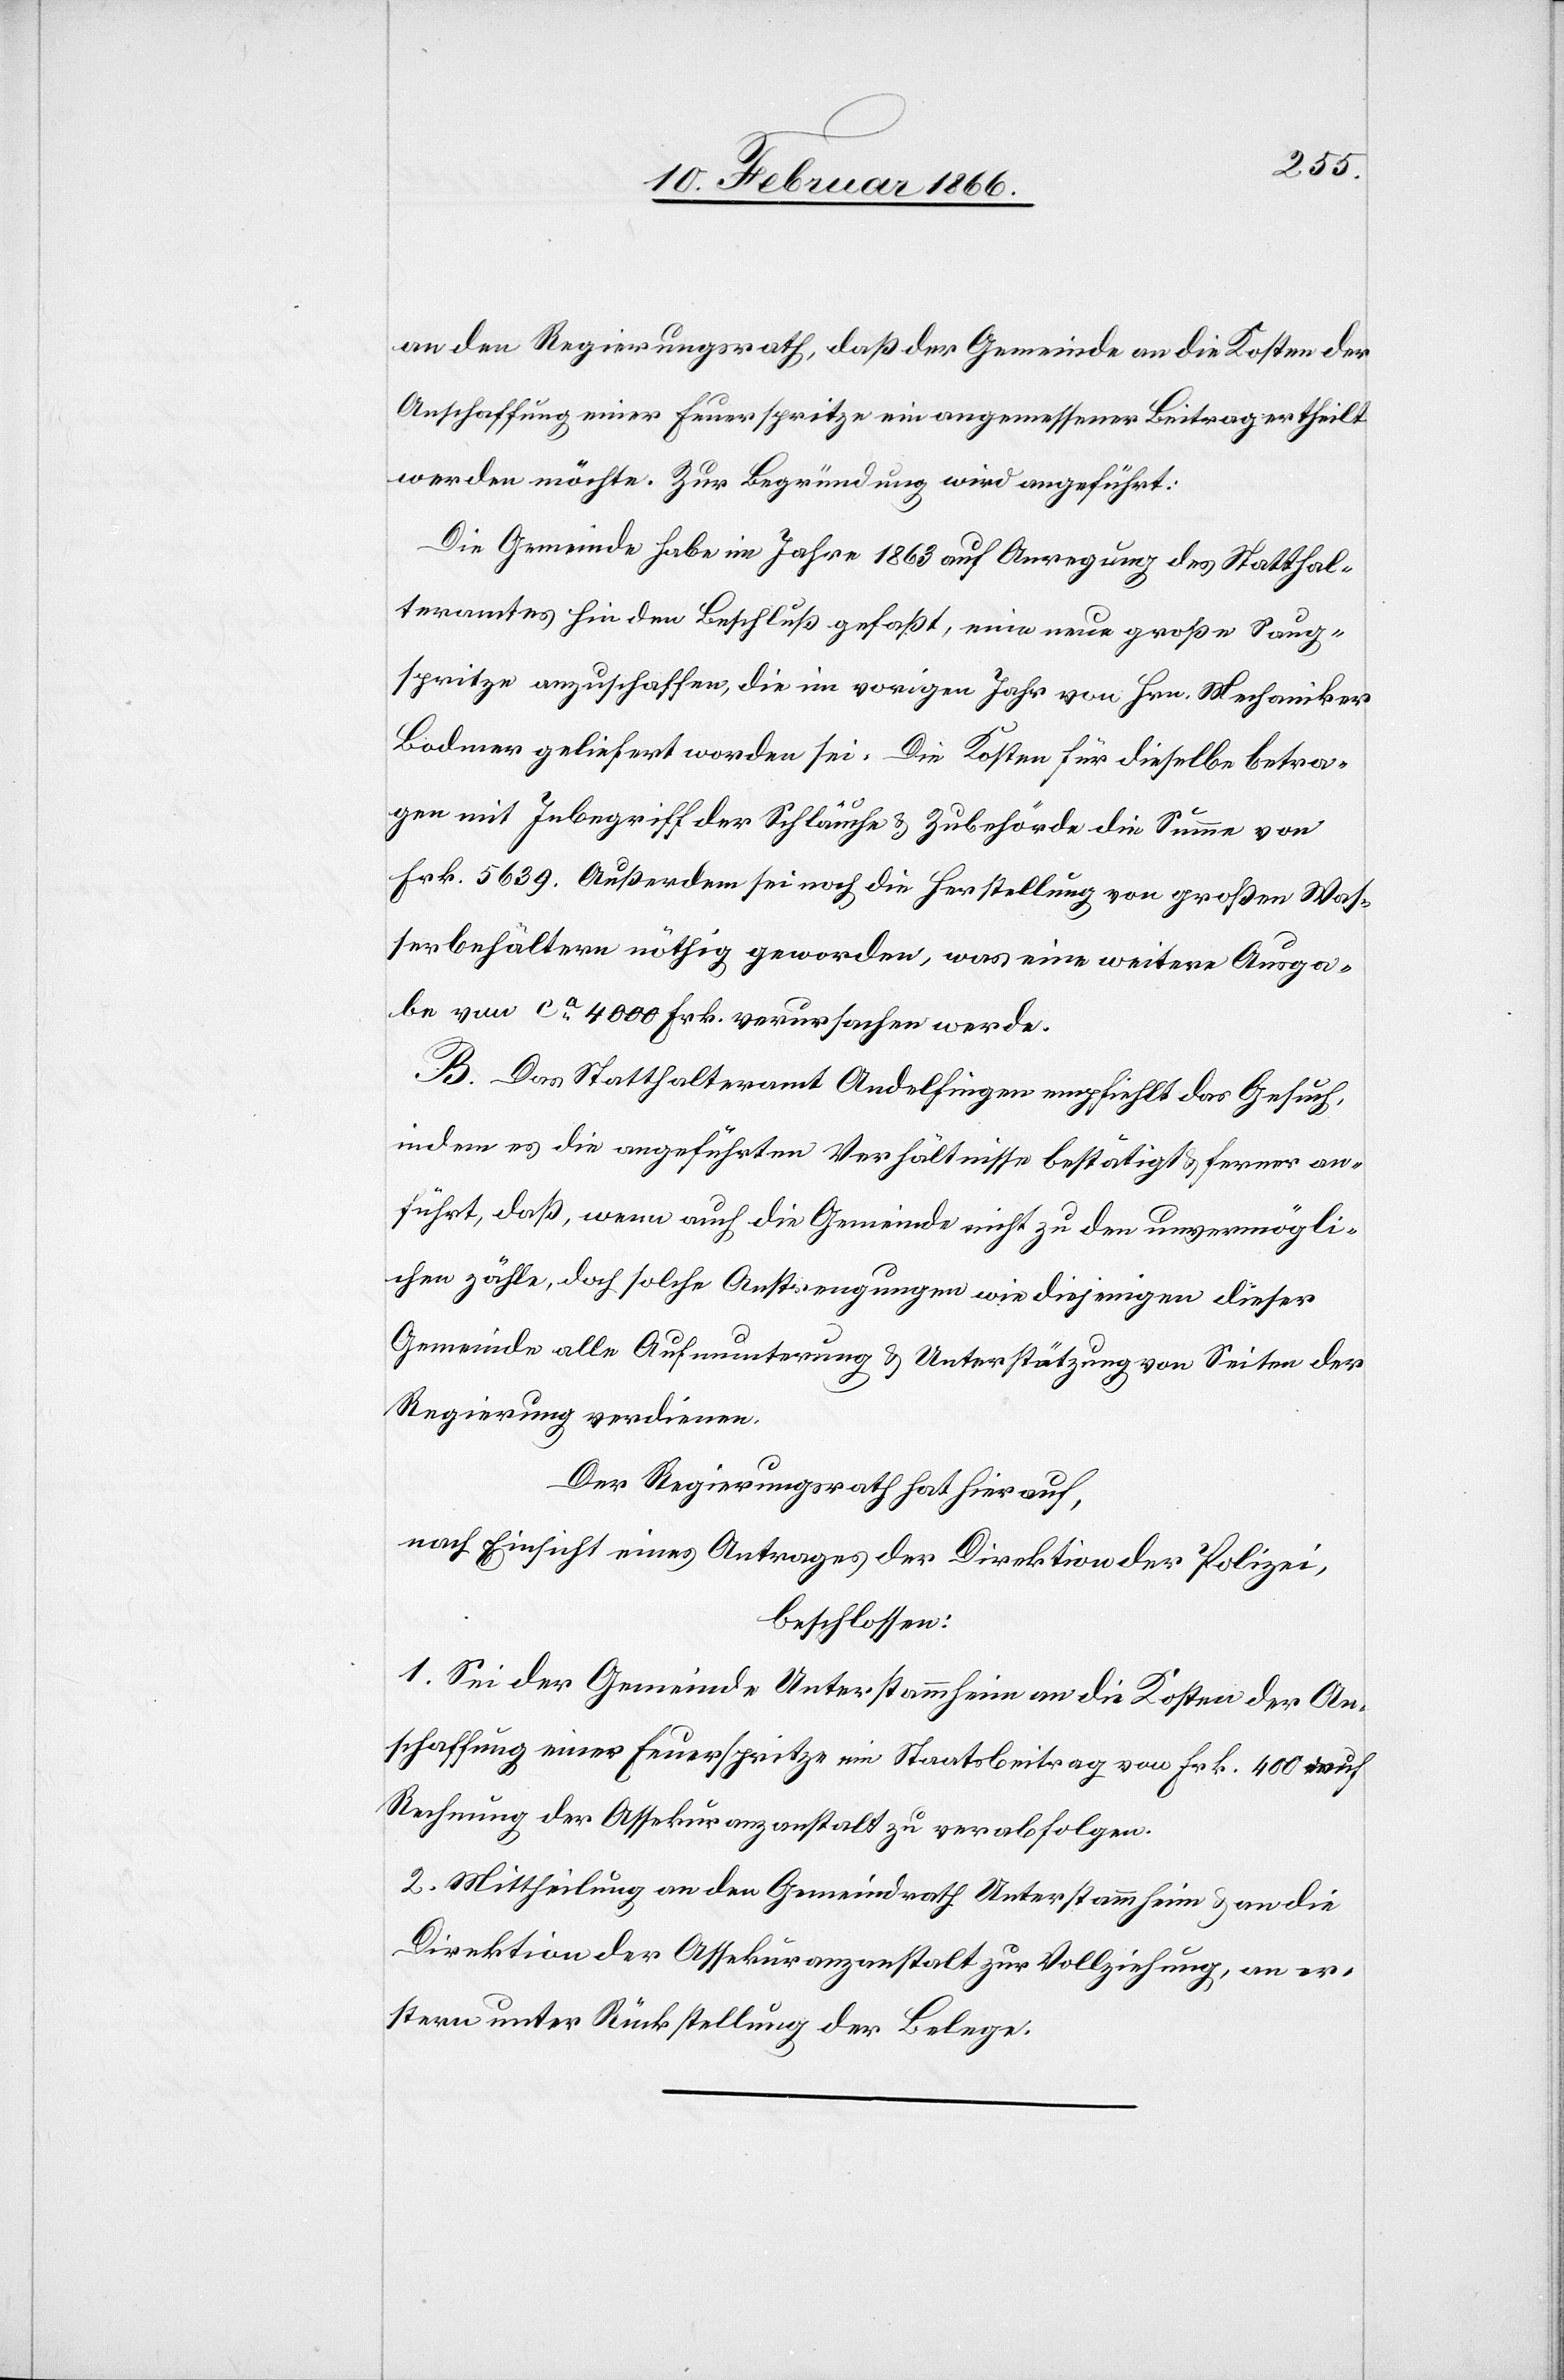
an den Regierungsrath, daß der Gemeinde an die Kosten der
Anschaffung einer Feuerspritze ein angemessener Beitrag ertheilt
werden möchte. Zur Begründung wird angeführt:
Die Gemeinde habe im Jahre 1863 auf Anregung des Statthal¬
teramtes hin den Beschluß gefaßt, eine neue große Saug¬
spritze anzuschaffen, die im vorigen Jahr von Hrn. Mechaniker
Bodmer geliefert worden sei. Die Kosten für dieselbe betra¬
gen mit Inbegriff der Schläuche u. Zubehörde die Summe von
Frk. 5639. Außerdem sei noch die Herstellung von großen Was¬
serbehältern nöthig geworden, was eine weitere Ausga¬
be von ca. 4000 Frk. verursachen werde.
B. Das Statthalteramt Andelfingen empfiehlt das Gesuch,
indem es die angeführten Verhältnisse bestätigt u. ferner an¬
führt, daß, wenn auch die Gemeinde nicht zu den unvermögli¬
chen zähle, doch solche Anstrengungen wie diejenigen dieser
Gemeinde alle Aufmunterung u. Unterstützung von Seiten der
Regierung verdienen.
Der Regierungsrath hat hierauf,
nach Einsicht eines Antrages der Direktion der Polizei,
beschlossen:
1. Sei der Gemeinde Unterstammheim an die Kosten der An¬
schaffung einer Feuerspritze ein Staatsbeitrag von Frk. 400 auf
Rechnung der Assekuranzanstalt zu verabfolgen.
2. Mittheilung an den Gemeindrath Unterstammheim u. an die
Direktion der Assekuranzanstalt zur Vollziehung, an er¬
stern unter Rückstellung der Belege.